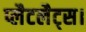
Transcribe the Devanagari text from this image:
प्लैटलैट्स।